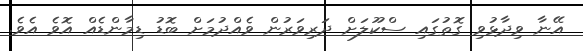
އޭނާ ވިދާޅުވި ގޮތުގައި ސްކޫލަށް ދަރިވަރުން ވެއްދުމަށް ބޮޑު ޑިމާންޑެއް އޮވެ އެވެ.